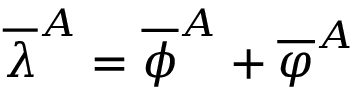
\overline { { { \lambda } } } ^ { A } = \overline { { { \phi } } } ^ { A } + \overline { { { \varphi } } } ^ { A }